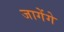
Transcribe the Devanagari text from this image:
जागेंगे